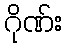
ဂိုဏ်း